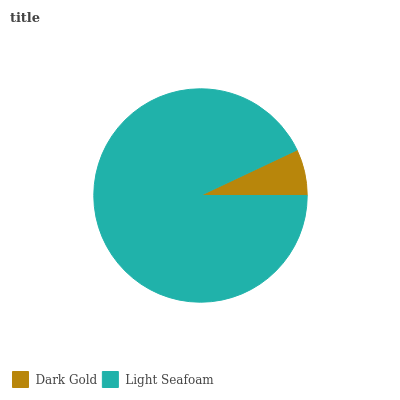
| Dark Gold | Light Seafoam |
 | --- | --- |
 | 7.02% | 93% |